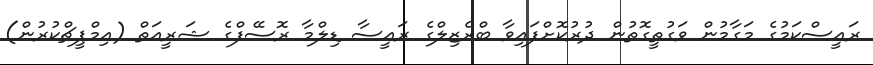
ރައީސްކަމުގެ މަގާމުން ވަގުތީގޮތުން ދުރުކޮށްފައިވާ ބްރެޒިލްގެ ރައީސާ ޑިލްމާ ރޮސޭފްގެ ޝަރީއަތް (އިމްޕީޗްކުރުން)